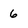
Character: 6